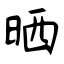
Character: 晒